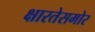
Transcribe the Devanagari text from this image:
क्षारतेसमोर